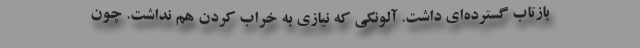
بازتاب گسترده‌ای داشت. آلونکی که نیازی به خراب کردن هم نداشت. چون